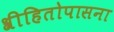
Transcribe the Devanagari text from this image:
श्रीहितोपासना